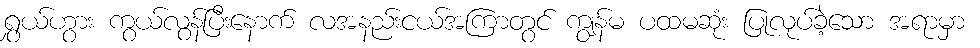
ရွှယ်ဟွား ကွယ်လွန်ပြီးနောက် လအနည်းငယ်အကြာတွင် ကျွန်မ ပထမဆုံး ပြုလုပ်ခဲ့သော အရာမှာ